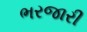
ભરજારી